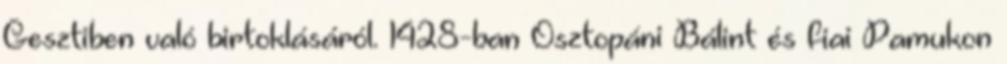
Gesztiben való birtoklásáról. 1428-ban Osztopáni Bálint és fiai Pamukon